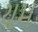
યમ